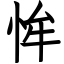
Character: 恈